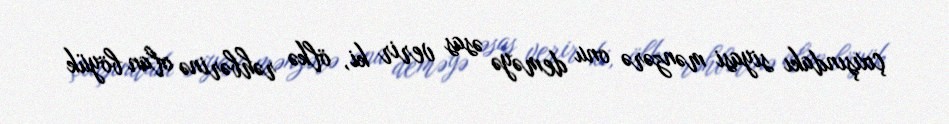
çıxışındakı siyasi mənzərə onu deməyə əsas verir ki, ölkə rəhbərinə olan böyük